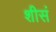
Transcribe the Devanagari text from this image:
शीसं